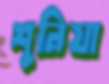
শুনিয়া